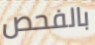
بالفحص